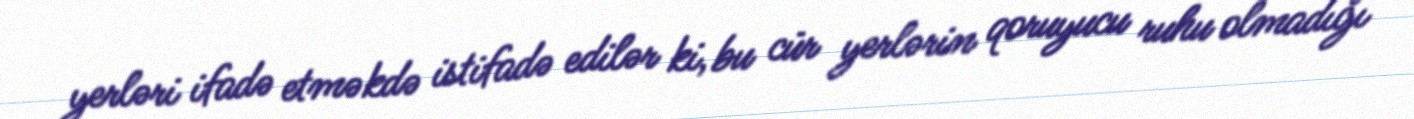
yerləri ifadə etməkdə istifadə edilər ki, bu cür yerlərin qoruyucu ruhu olmadığı